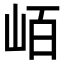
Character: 𭖖